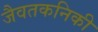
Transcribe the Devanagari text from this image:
जैवतकनिकी